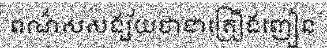
ពណ៌សសង្ស័យថាជាគ្រឿងញៀន